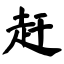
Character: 赶